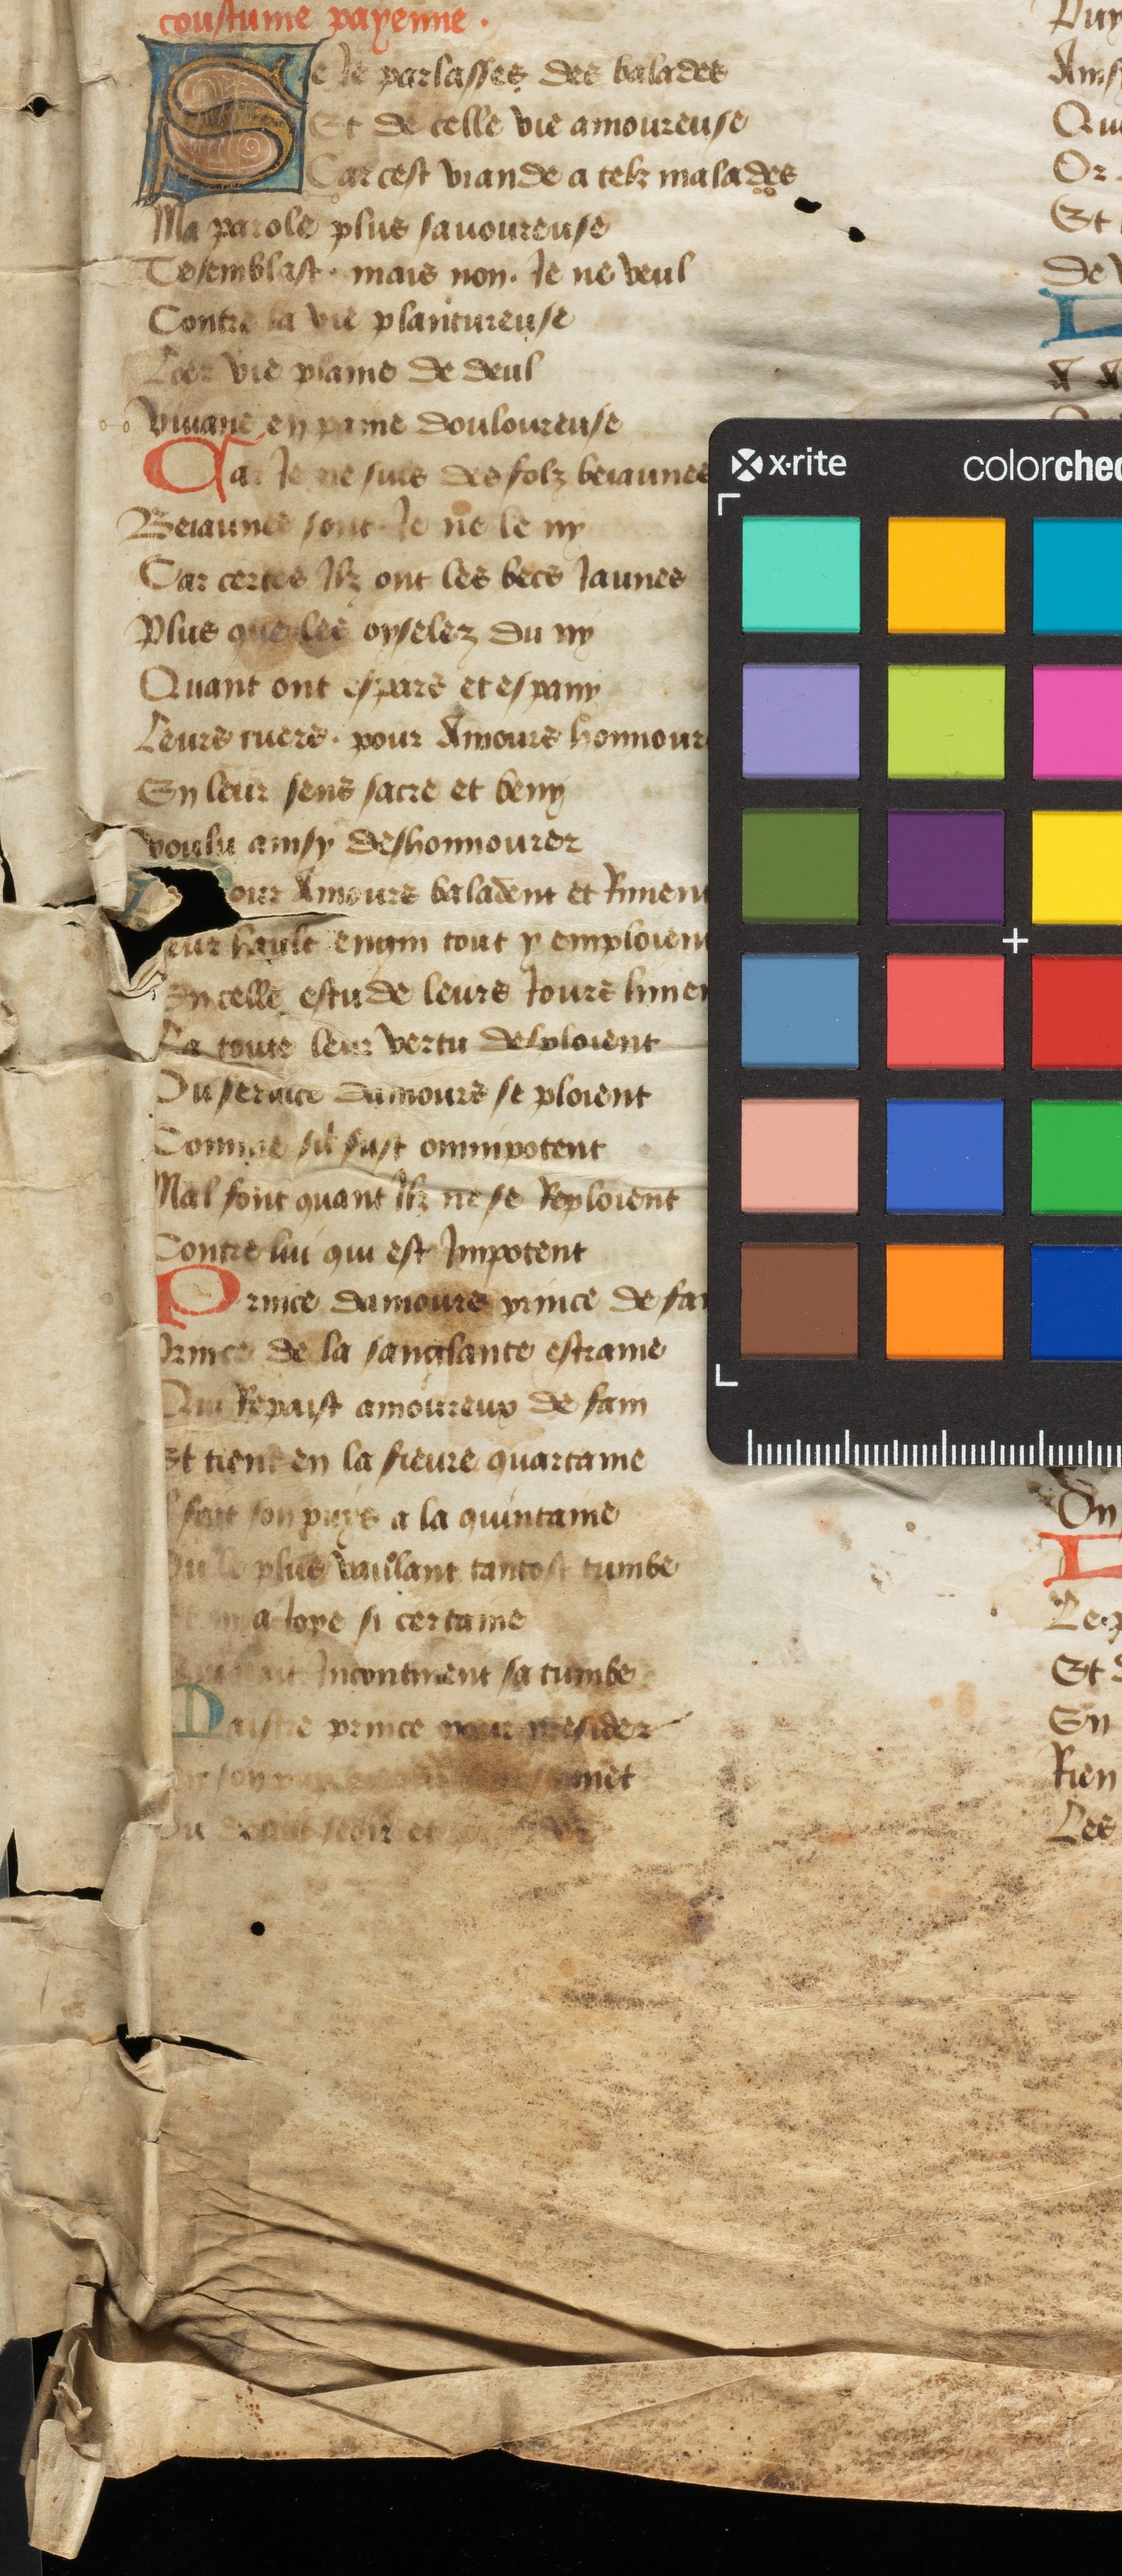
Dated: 1442–1480